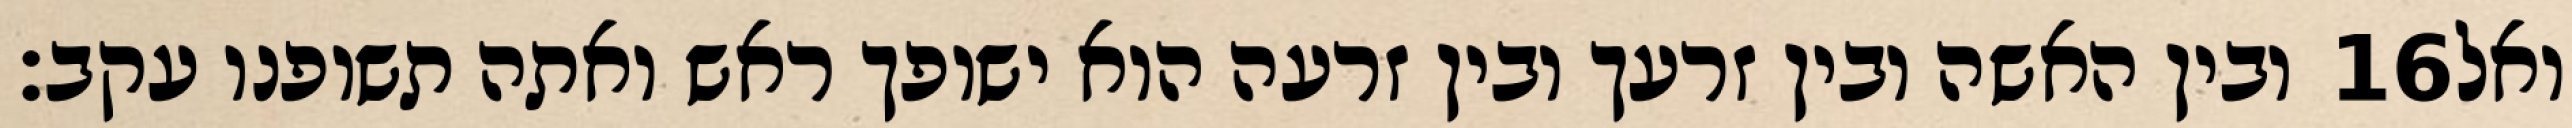
ובין האשה ובין זרעך ובין זרעה הוא ישופך ראש ואתה תשופנו עקב׃ ‎16‏ ואל